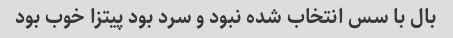
بال با سس انتخاب شده نبود و سرد بود پیتزا خوب بود